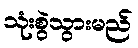
သုံးစွဲသွားမည်